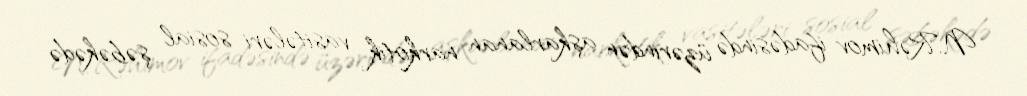
N.Rəhimov ifadəsində üzərindən aşkarlanan narkotik vasitələri sosial şəbəkədə